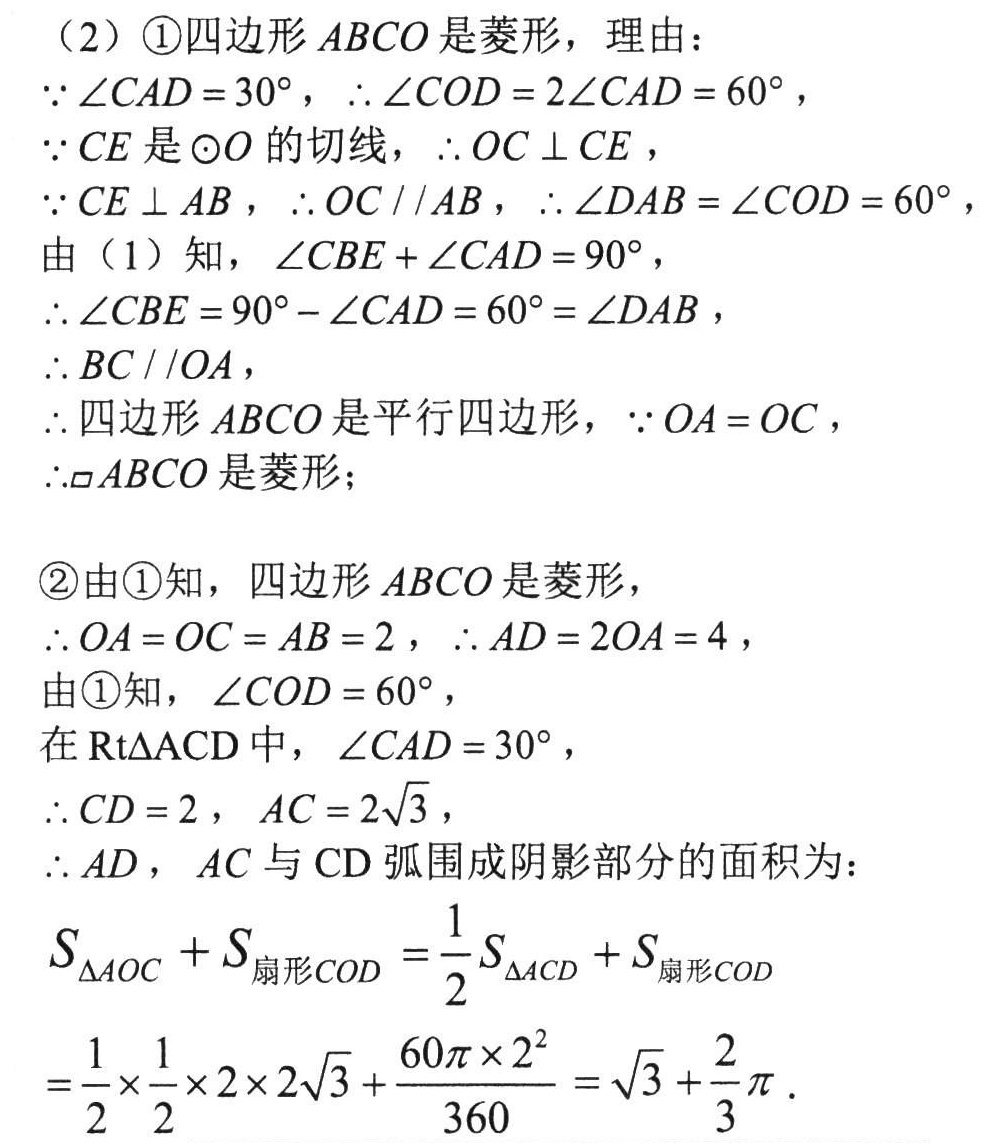
（2）\textcircled{1}四边形\(ABCO\)是菱形，理由：
\(\because \angle CAD = 30^{\circ}\)，\(\therefore \angle COD = 2\angle CAD = 60^{\circ}\)，
\(\because CE\)是\(\odot O\)的切线，\(\therefore OC\perp CE\)，
\(\because CE\perp AB\)，\(\therefore OC\parallel AB\)，\(\therefore \angle DAB = \angle COD = 60^{\circ}\)，
由（1）知，\(\angle CBE+\angle CAD = 90^{\circ}\)，
\(\therefore \angle CBE = 90^{\circ}-\angle CAD = 60^{\circ}=\angle DAB\)，
\(\therefore BC\parallel OA\)，
\(\therefore\)四边形\(ABCO\)是平行四边形，\(\because OA = OC\)，
\(\therefore\square ABCO\)是菱形；

\textcircled{2}由\textcircled{1}知，四边形\(ABCO\)是菱形，
\(\therefore OA = OC = AB = 2\)，\(\therefore AD = 2OA = 4\)，
由\textcircled{1}知，\(\angle COD = 60^{\circ}\)，
在\(\text{Rt}\triangle ACD\)中，\(\angle CAD = 30^{\circ}\)，
\(\therefore CD = 2\)，\(AC = 2\sqrt{3}\)，
\(\therefore AD\)，\(AC\)与\(CD\)弧围成阴影部分的面积为：
\(S_{\triangle AOC}+S_{扇形COD}=\frac{1}{2}S_{\triangle ACD}+S_{扇形COD}\)
\(=\frac{1}{2}\times\frac{1}{2}\times2\times2\sqrt{3}+\frac{60\pi\times2^{2}}{360}=\sqrt{3}+\frac{2}{3}\pi\)。